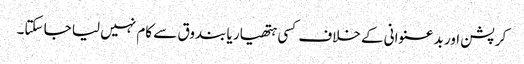
کرپشن اور بد عنوانی کے خلاف کسی ہتھیار یا بندوق سے کام نہیں لیا جا سکتا۔